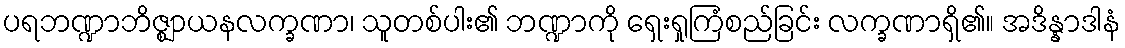
ပရဘဏ္ဍာဘိဇ္ဈာယနလက္ခဏာ၊ သူတစ်ပါး၏ ဘဏ္ဍာကို ရှေးရှုကြံစည်ခြင်း လက္ခဏာရှိ၏။ အဒိန္နာဒါနံ